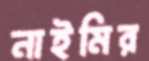
নাইমির